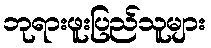
ဘုရားဖူးပြည်သူများ